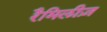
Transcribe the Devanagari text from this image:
रैमिलीज़